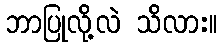
ဘာပြုလို့လဲ သိလား။